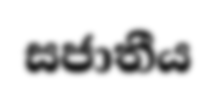
සජාතීය